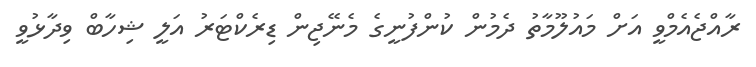
ރާއްޖެއެމްވީ އަށް މައުލޫމާތު ދެމުން ކުންފުނީގެ މެނޭޖިން ޑިރެކްޓަރު އަލީ ޝިހާބް ވިދާޅުވީ